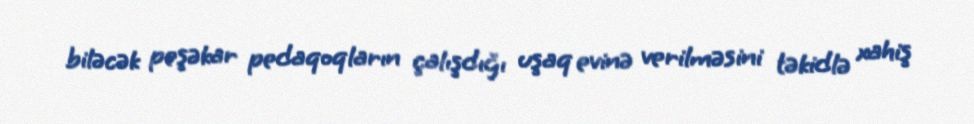
biləcək peşəkar pedaqoqların çalışdığı uşaq evinə verilməsini təkidlə xahiş